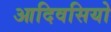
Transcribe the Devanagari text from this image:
आदिवसियो